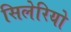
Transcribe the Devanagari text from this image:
सिलेरियो